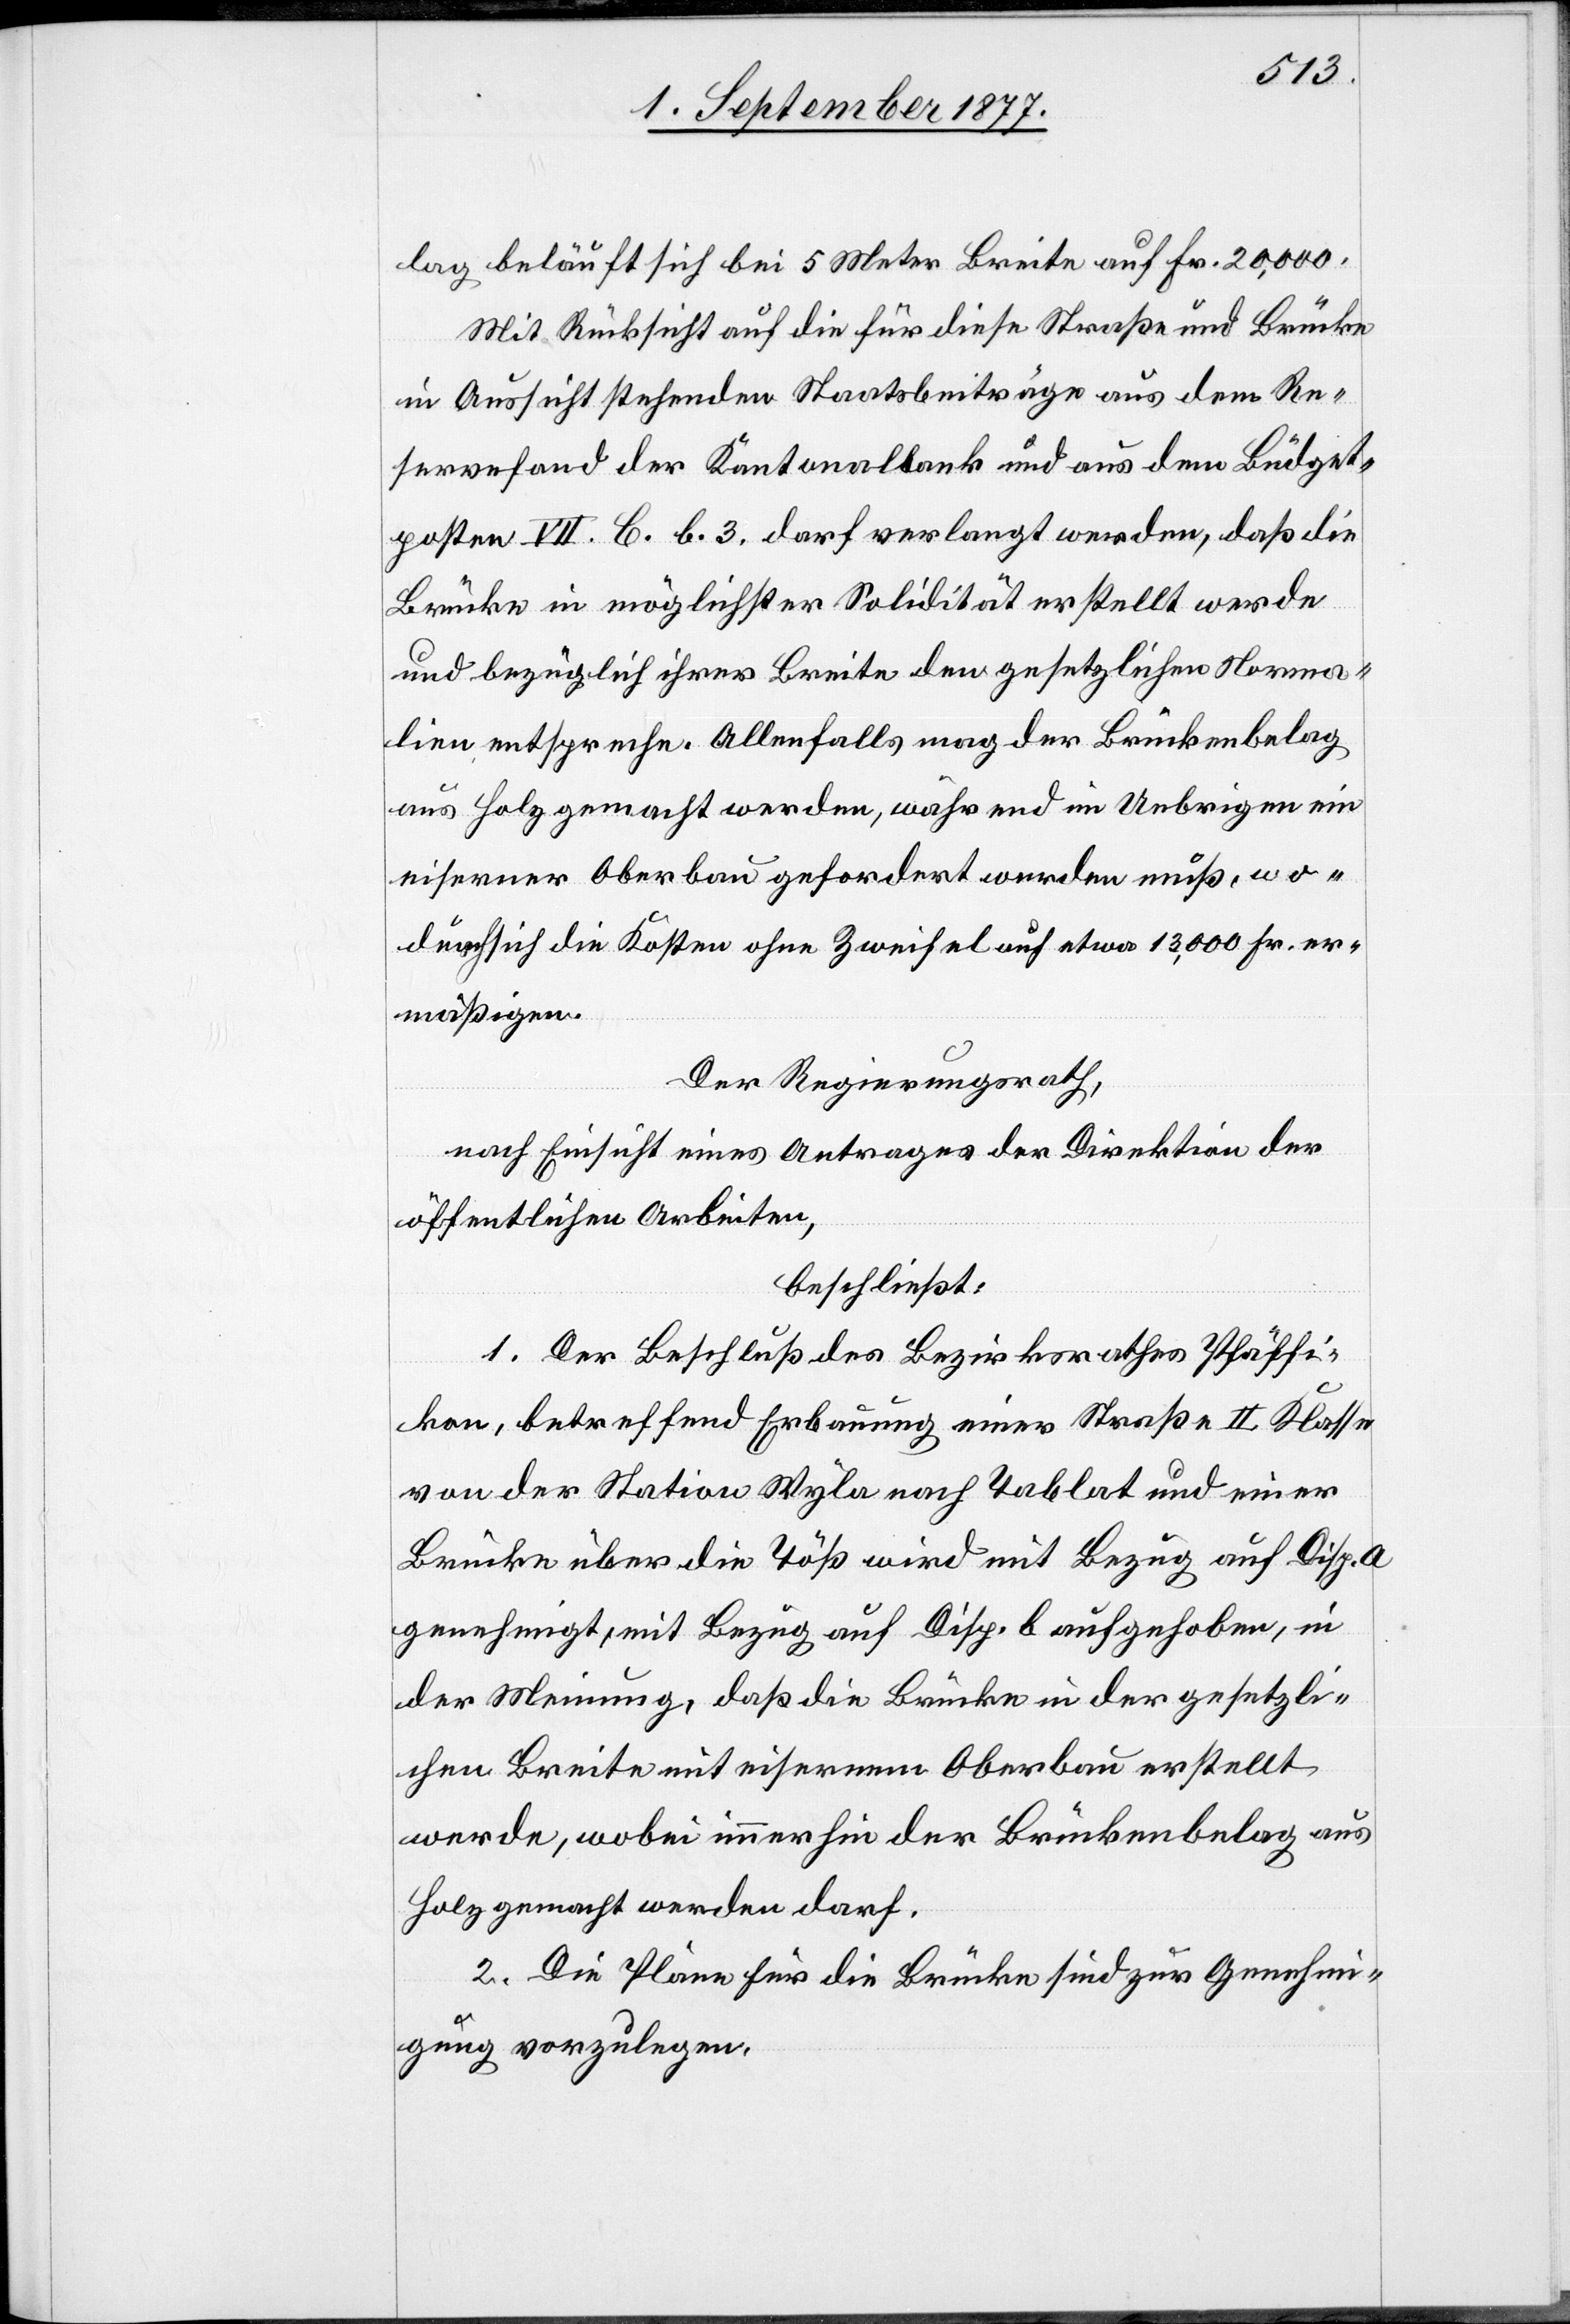
lag beläuft sich bei 5 Meter Breite auf Fr. 20,000.
Mit Rücksicht auf die für diese Straße und Brücke
in Aussicht stehenden Staatsbeiträge aus dem Re¬
servefond der Kantonalbank und aus dem Büdget¬
posten VII. C. b. 3. darf verlangt werden, daß die
Brücke in möglichster Solidität erstellt werde
und bezüglich ihrer Breite den gesetzlichen Norma¬
lien entspreche. Allenfalls mag der Brückenbelag
aus Holz gemacht werden, während im Uebrigen ein
eiserner Oberbau gefordert werden muß, wo¬
durch sich die Kosten ohne Zweifel auf etwa 13,000 Fr. er¬
mäßigen.
Der Regierungsrath,
nach Einsicht eines Antrages der Direktion der
öffentlichen Arbeiten,
beschließt:
1. Der Beschluß des Bezirksrathes Pfäffi¬
kon, betreffend Erbauung einer Straße II. Klasse
von der Station Wyla nach Tablat und einer
Brücke über die Töß wird mit Bezug auf Disp. a
genehmigt, mit Bezug auf Disp. b aufgehoben, in
der Meinung, daß die Brücke in der gesetzli¬
chen Breite mit eisernem Oberbau erstellt
werde, wobei immerhin der Brückenbelag aus
Holz gemacht werden darf.
2. Die Pläne für die Brücke sind zur Genehmi¬
gung vorzulegen.